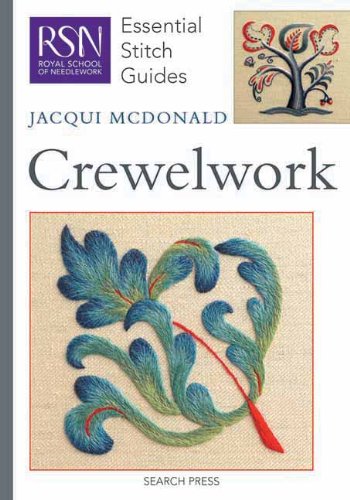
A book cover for Essential Stitch Guide to Crewelwork (Essential Stitch Guides); Jacqui McDonald; Crafts, Hobbies & Home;